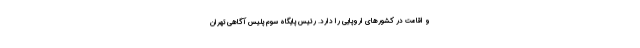
و اقامت در کشورهای اروپایی را دارد. رئیس پایگاه سوم پلیس آگاهی تهران